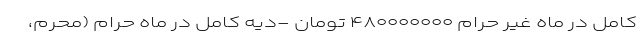
کامل در ماه غیر حرام ۴۸۰۰۰۰۰۰۰ تومان -دیه کامل در ماه حرام (محرم،